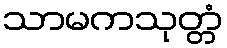
သာမကသုတ္တံ